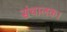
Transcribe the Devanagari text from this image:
संचालक।